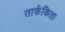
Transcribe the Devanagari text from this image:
तार्ककिता